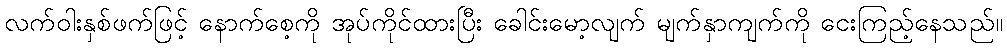
လက်ဝါးနှစ်ဖက်ဖြင့် နောက်စေ့ကို အုပ်ကိုင်ထားပြီး ခေါင်းမော့လျက် မျက်နှာကျက်ကို ငေးကြည့်နေသည်။